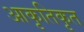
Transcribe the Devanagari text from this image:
आकृतिकृत